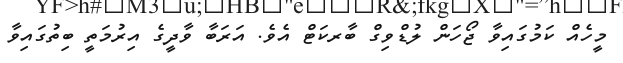
މީހެއް ކަމުގައިވާ ޖޯހަން ލުޑްވިގް ބާރކަޓް އެވެ. އަރަބާ ވާދީގެ އިރުމަތީ ބިތުގައިވާ